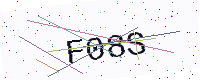
Text: F08S